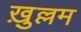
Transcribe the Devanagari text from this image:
ख़ुल्लम